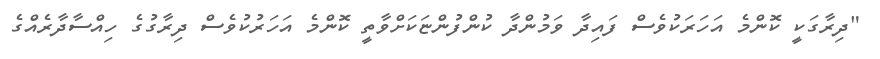
"ދިރާގަކީ ކޮންމެ އަހަރަކުވެސް ފައިދާ ވަމުންދާ ކުންފުންޏަކަށްވާތީ ކޮންމެ އަހަރުކުވެސް ދިރާގުގެ ހިއްސާދާރެއްގެ